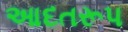
આદતરૂપ